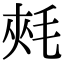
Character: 𣭶